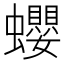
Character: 蠳